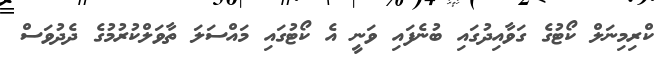
ކްރިމިނަލް ކޯޓުގެ ގަވާއިދުގައި ބުނެފައި ވަނީ އެ ކޯޓުގައި މައްސަލަ ތާވަލްކުރުމުގެ ދެދުވަސް